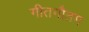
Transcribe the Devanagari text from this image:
गीतगौतम